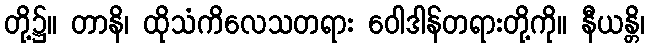
တို့၌။ တာနိ၊ ထိုသံကိလေသတရား ဝေါဒါန်တရားတို့ကို။ နီယန္တိ၊